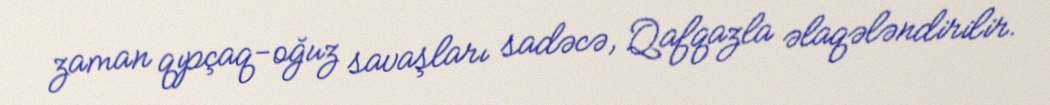
zaman qıpçaq-oğuz savaşları sadəcə, Qafqazla əlaqələndirilir.